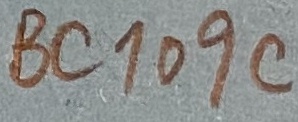
Text: VC109C